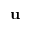
\mathbf u